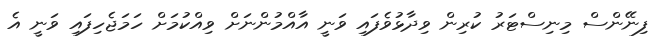
ފިނޭންސް މިނިސްޓަރު ކުރިން ވިދާޅުވެފައި ވަނީ އާއްމުންނަށް ވިއްކުމަށް ހަމަޖެހިފައި ވަނީ އެ